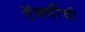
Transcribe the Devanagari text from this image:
टॅक्सींची